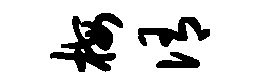
梅侑